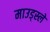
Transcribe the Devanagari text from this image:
माउड्स्ले